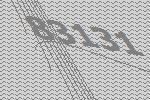
83131